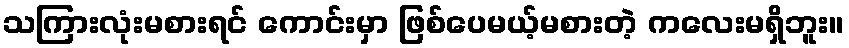
သကြားလုံးမစားရင် ကောင်းမှာ ဖြစ်ပေမယ့်မစားတဲ့ ကလေးမရှိဘူး။